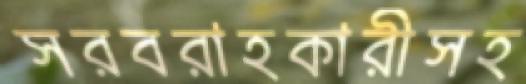
সরবরাহকারীসহ